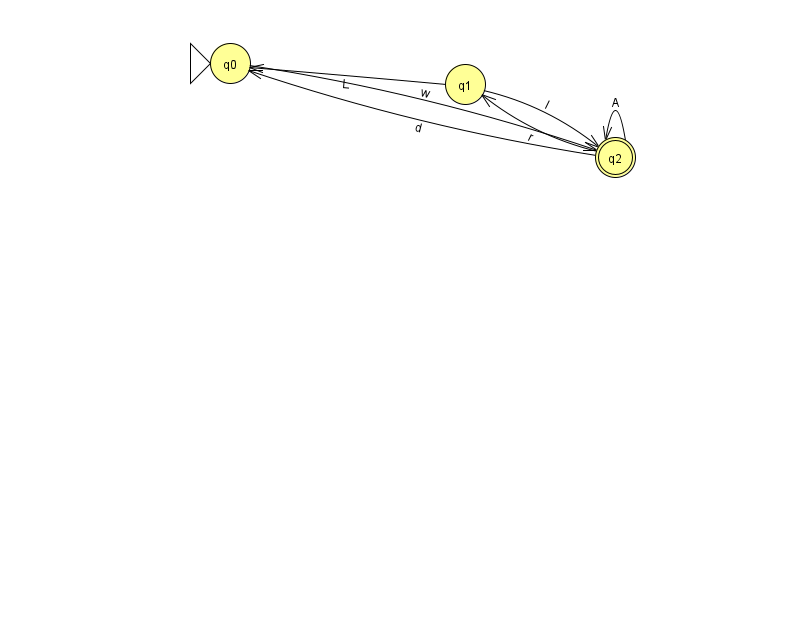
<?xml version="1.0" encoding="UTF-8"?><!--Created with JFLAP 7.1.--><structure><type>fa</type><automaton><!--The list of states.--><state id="0" name="q0"><x>230.0</x><y>50.0</y><initial/></state><state id="1" name="q1"><x>465.0</x><y>71.0</y></state><state id="2" name="q2"><x>615.0</x><y>144.0</y><final/></state><!--The list of transitions.--><transition><from>2</from><to>2</to><read>A</read></transition><transition><from>1</from><to>2</to><read>l</read></transition><transition><from>2</from><to>1</to><read>r</read></transition><transition><from>2</from><to>0</to><read>d</read></transition><transition><from>1</from><to>0</to><read>L</read></transition><transition><from>0</from><to>2</to><read>w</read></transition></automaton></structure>